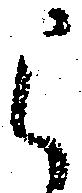
被